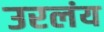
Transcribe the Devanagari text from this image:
उरलंय